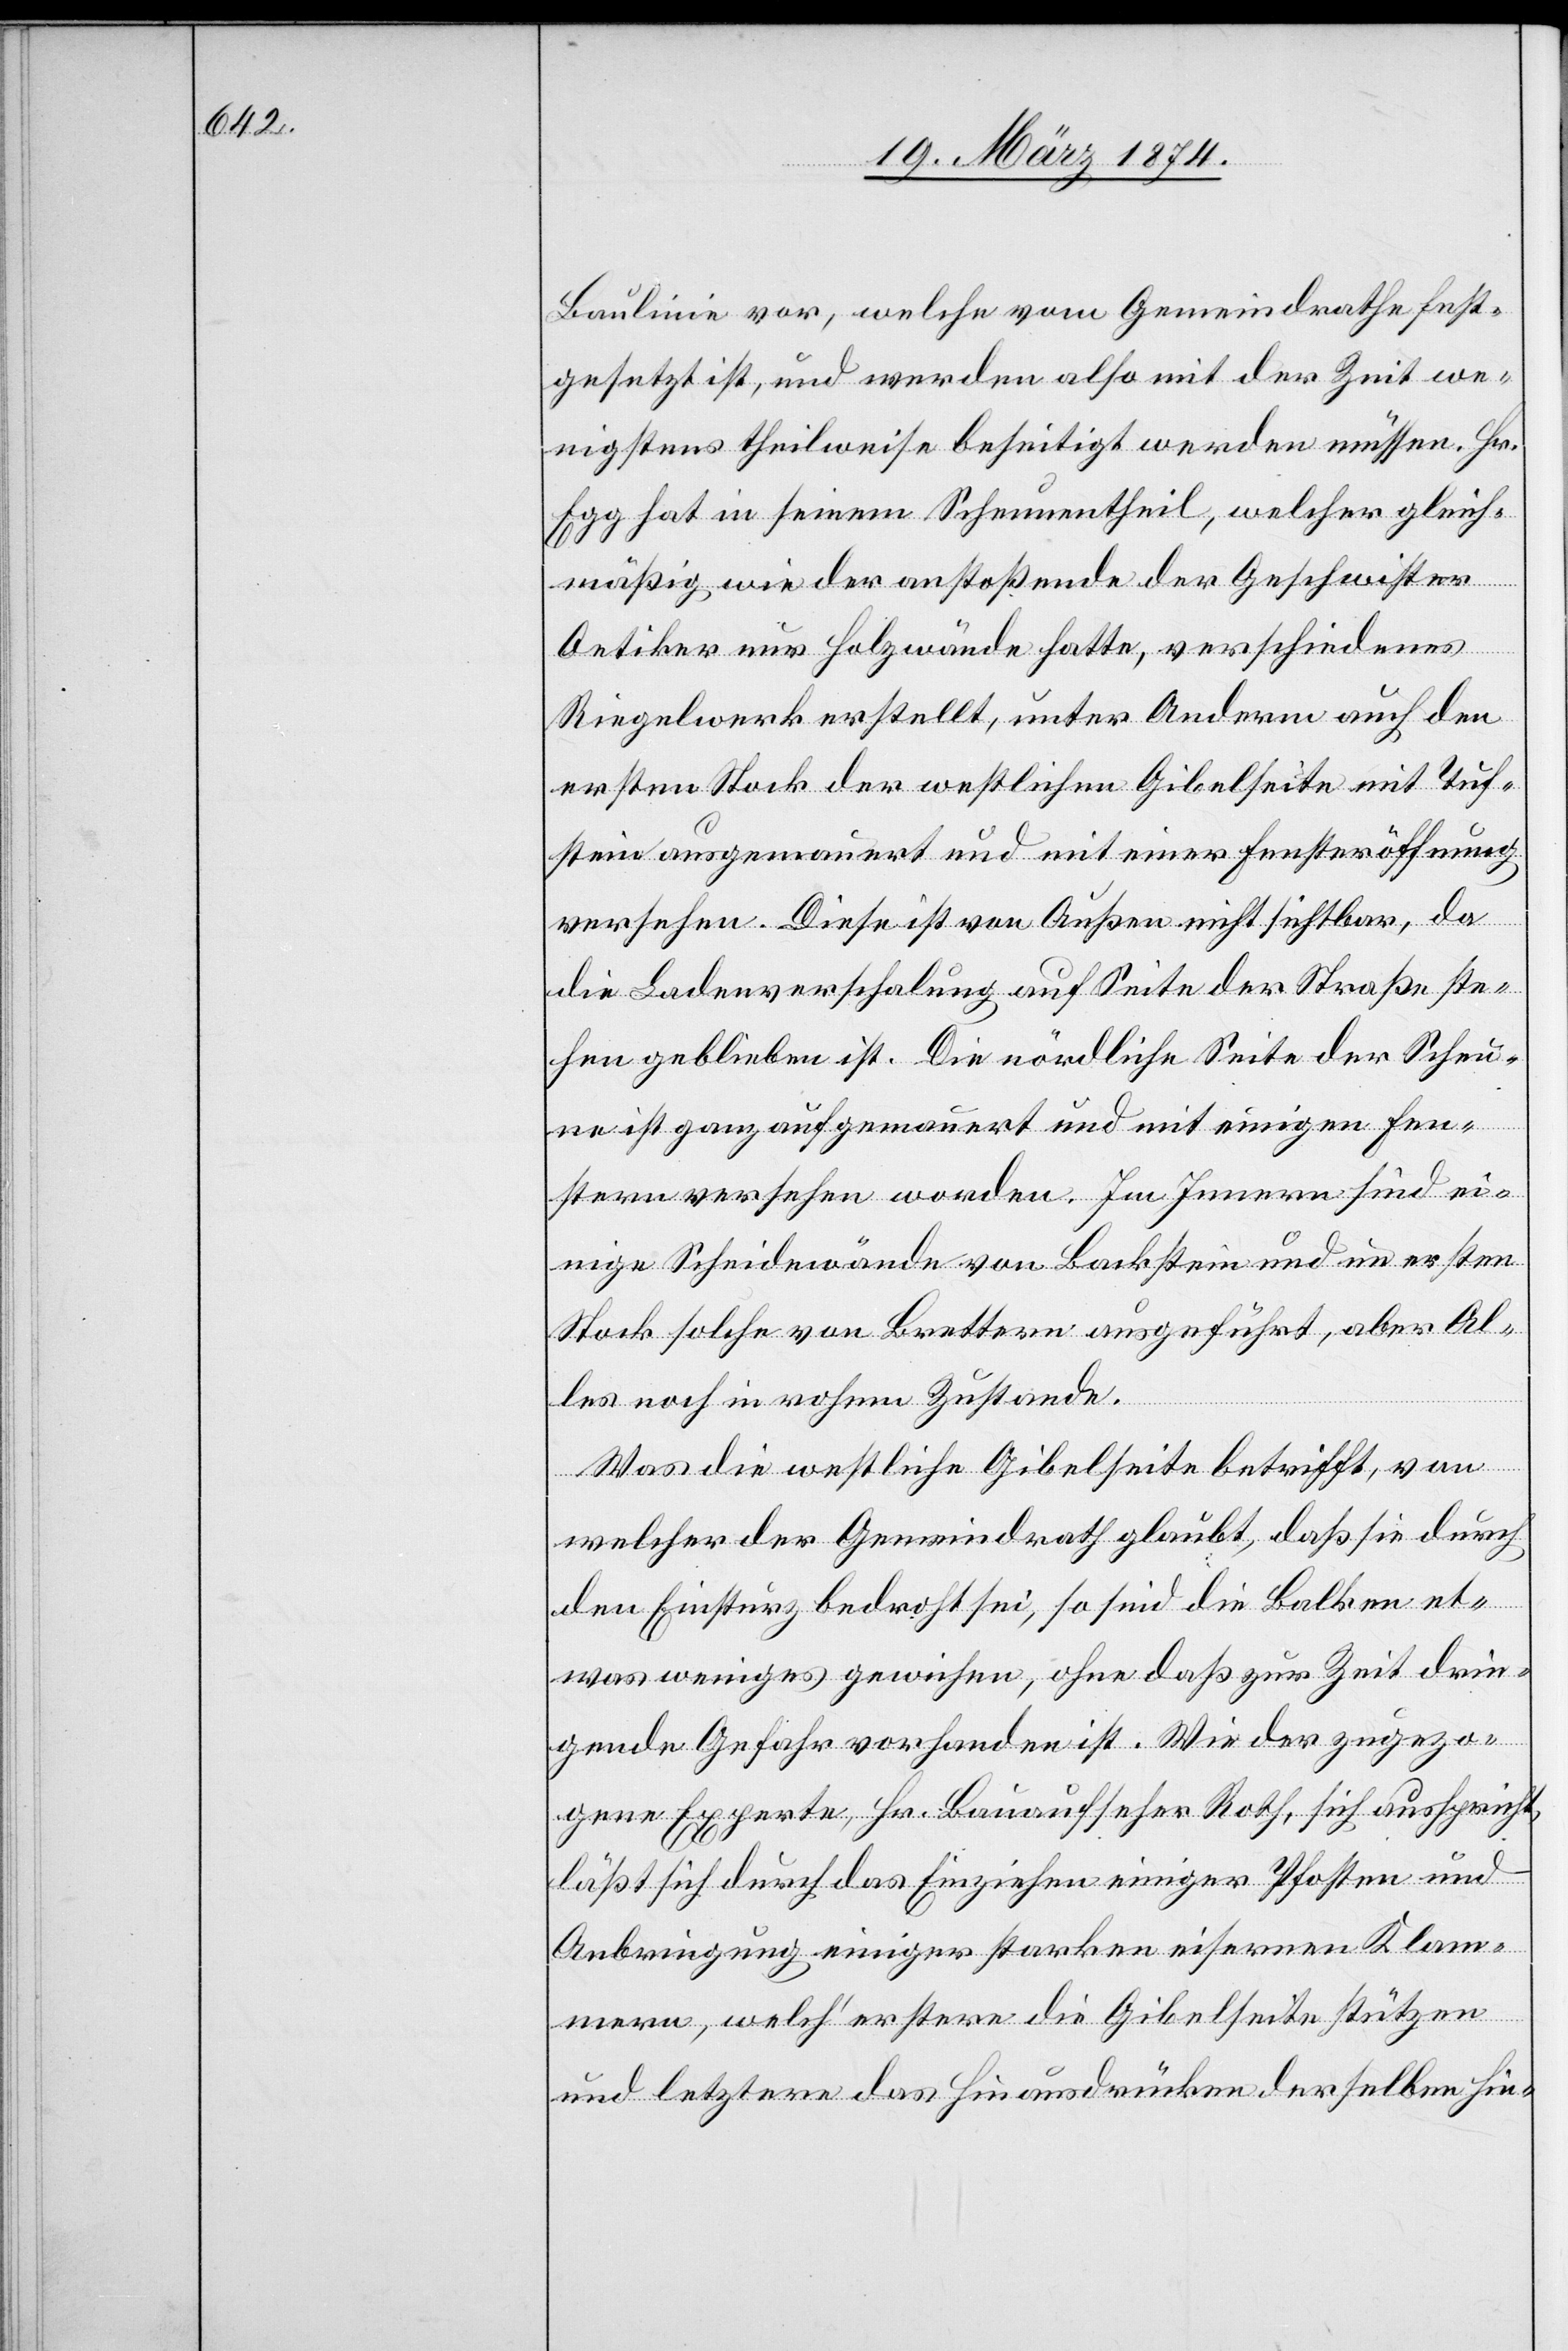
Baulinie vor, welche vom Gemeindrathe fest¬
gesetzt ist, und werden also mit der Zeit we¬
nigstens theilweise beseitigt werden müssen. Hr.
Egg hat in seinem Scheunentheil, welcher gleich¬
mäßig wie der anstoßende der Geschwister
Oetiker nur Holzwände hatte, verschiedenes
Riegelwerk erstellt, unter Anderm auch den
ersten Stock der westlichen Gibelseite mit Tuf¬
stein ausgemauert und mit einer Fensteröffnung
versehen. Diese ist von Außen nicht sichtbar, da
die Bodenverschalung auf Seite der Straße ste¬
hen geblieben ist. Die nördliche Seite der Scheu¬
ne ist ganz aufgemauert und mit einigen Fen¬
stern versehen worden. Im Innern sind ei¬
nige Scheidewände von Backstein und im ersten
Stock solche von Brettern ausgeführt, aber Al¬
les noch in rohem Zustande.
Was die westliche Gibelseite betrifft, von
welcher der Gemeindrath glaubt, daß sie durch
den Einsturz bedroht sei, so sind die Balken et¬
was weniges gewichen, ohne daß zur Zeit drin¬
gende Gefahr vorhanden ist. Wie der zugezo¬
gene Experte, Hr. Bauaufseher Roth, sich ausspricht,
läßt sich durch das Einziehen einiger Pfosten und
Anbringung einiger starken eisernen Klam¬
mern, welch’ erstere die Gibelseite stützen
und letztere das Hinausdrücken derselben hin-